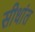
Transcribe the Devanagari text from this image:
सीधांत